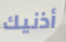
أذنيك